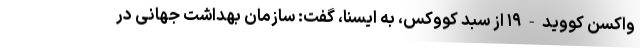
واکسن کووید-۱۹ از سبد کووکس، به ایسنا، گفت: سازمان بهداشت جهانی در